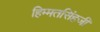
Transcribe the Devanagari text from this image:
हिम्मतसिंहजी